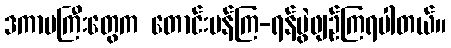
ဒကာမကြီးတွေက တောင်းပန်ကြ-ရန်ပွဲဖျဉ်ကြရပါတယ်။